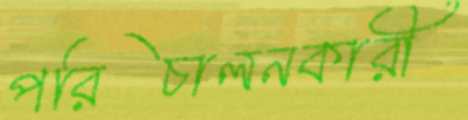
পরিচালনকারী